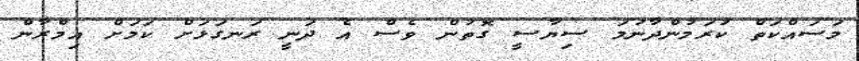
މަސައްކަތް ކުރަމުންދާނަމަ ސިޔާސީ ގޮތުން ވެސް އެ ދަނީ ރަނގަޅަށް ކަމަށް އިމްރާން